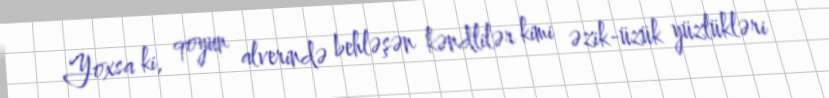
Yoxsa ki, qoyun alverində behləşən kəndlilər kimi əzik-üzük yüzlükləri